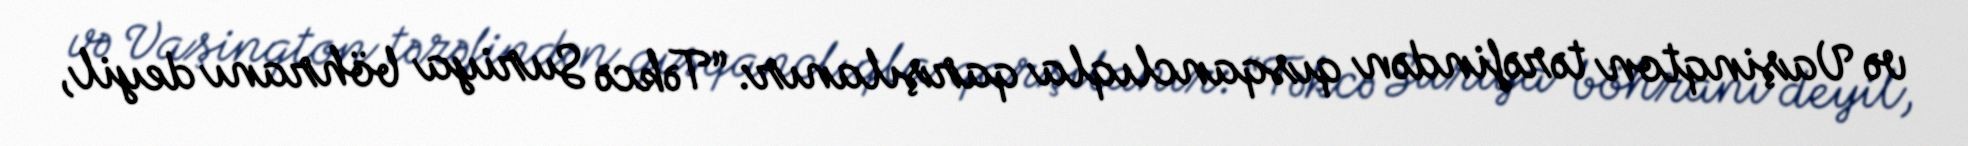
və Vaşinqton tərəfindən qısqanclıqla qarşılanır: “Təkcə Suriya böhranı deyil,